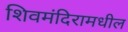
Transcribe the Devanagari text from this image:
शिवमंदिरामधील